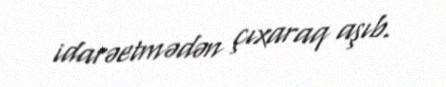
idarəetmədən çıxaraq aşıb.